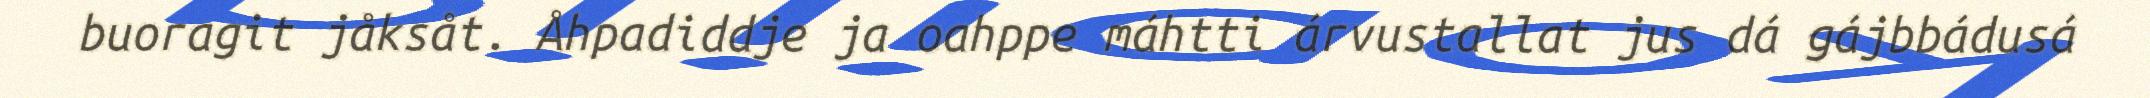
buoragit jåksåt. Åhpadiddje ja oahppe máhtti árvustallat jus dá gájbbádusá